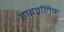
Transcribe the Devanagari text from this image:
हाइड्रलिक